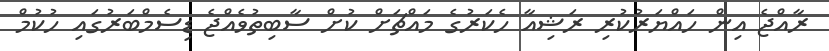
ރާއްޖެ އިން ހައްޔަރުކުރި ރަޝިއާ ހެކަރުގެ މައްޗަށް ކުށް ސާބިތުވެއްޖެ ޑިސެމްބަރުގައި ހުކުމް